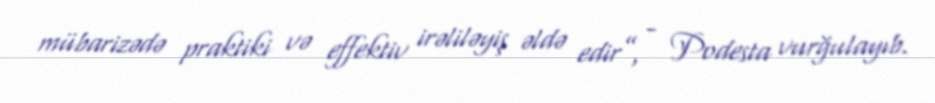
mübarizədə praktiki və effektiv irəliləyiş əldə edir”, - Podesta vurğulayıb.